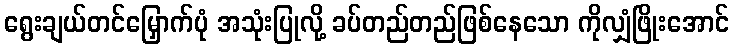
ရွေးချယ်တင်မြှောက်ပုံ အသုံးပြုလို့ ခပ်တည်တည်ဖြစ်နေသော ကိုလျှံဖြိုးအောင်